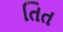
તિત